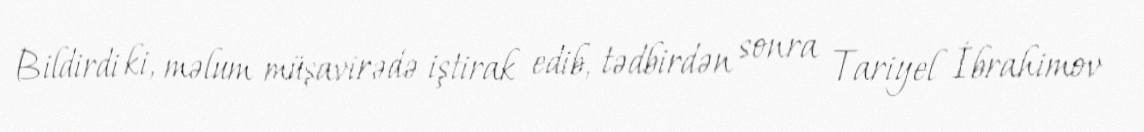
Bildirdi ki, məlum müşavirədə iştirak edib, tədbirdən sonra Tariyel İbrahimov